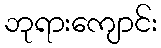
ဘုရားကျောင်း